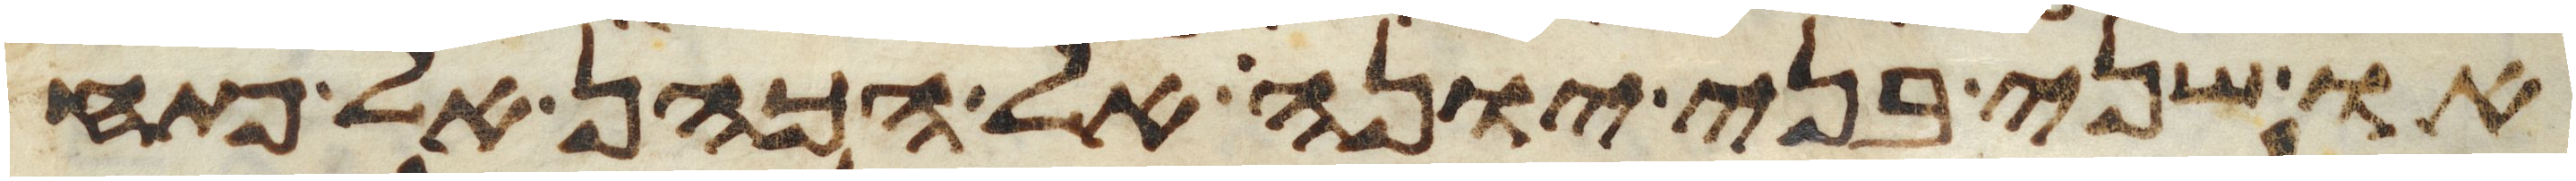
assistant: או שני בני יונה אל הכהן אל פתח